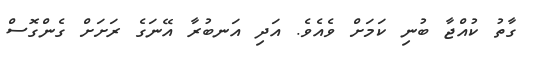
ގާތު ކުއްޖާ ބުނި ކަމަށް ވެއެވެ. އަދި އަނބުރާ އޭނަގެ ރަށަށް ގެންގޮސް